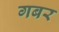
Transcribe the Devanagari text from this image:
गबर